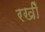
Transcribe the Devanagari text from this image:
रखीँ